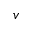
v